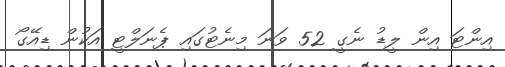
އިންޓަ އިން ލީޑު ނެގީ 52 ވަނަ މިނެޓުގައި ޕެނަލްޓީ އަކުން ޑިއޭގޯ